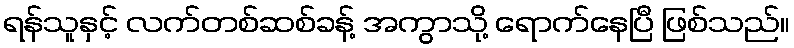
ရန်သူနှင့် လက်တစ်ဆစ်ခန့် အကွာသို့ ရောက်နေပြီ ဖြစ်သည်။